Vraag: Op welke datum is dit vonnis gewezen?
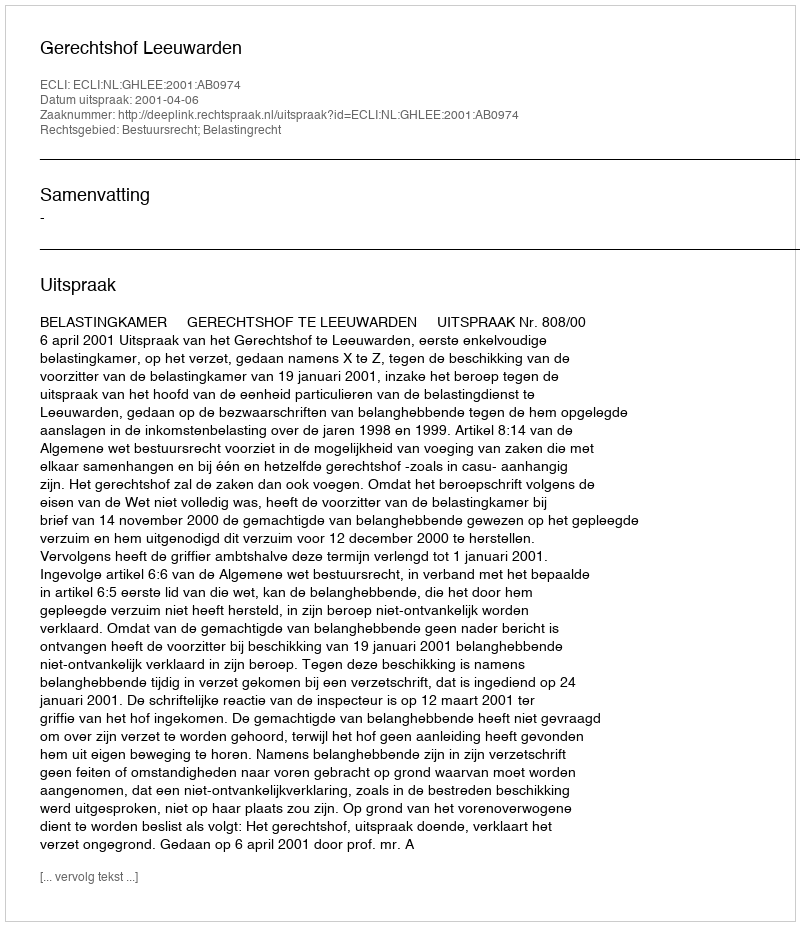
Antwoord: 2001-04-06